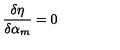
\frac { \delta \eta } { \delta \alpha _ { m } } = 0